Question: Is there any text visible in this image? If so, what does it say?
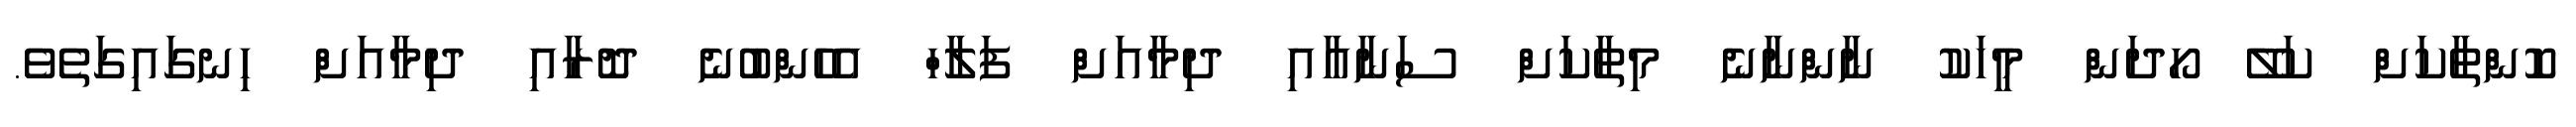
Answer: ކޮންތާކަށް ކަލޭ ހޯދަން މީހަކު ނާންނާނެ މިތާކަށް ސަނާއާއި ދިމާއަށް ފަލާހް އެހެންބުނެ ދޮރާއި ދިމާއަށް ހިނގައިގަތެވެ.